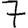
Digit: 7